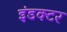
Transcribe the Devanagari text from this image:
इंडक्टर